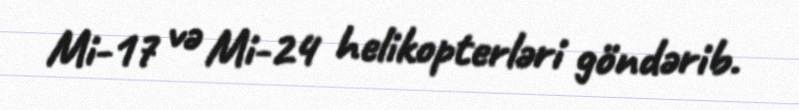
Mi-17 və Mi-24 helikopterləri göndərib.